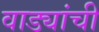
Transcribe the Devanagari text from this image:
वाड्यांची